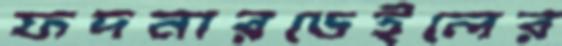
ফদনারডেইলের